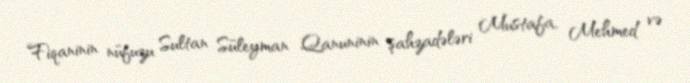
Fiqaninin nüfuzu Sultan Süleyman Qanuninin şahzadələri Mustafa, Mehmed və